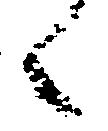
之